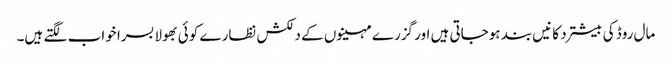
مال روڈ کی بیشترد کانیں بند ہوجاتی ہیں اور گزرے مہینوں کے دلکش نظارے کوئی بھولا بسرا خواب لگتے ہیں۔